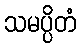
သမပ္ပိတံ